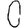
Digit: 0